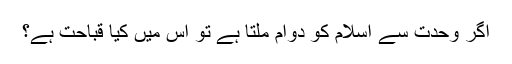
اگر وحدت سے اسلام کو دوام ملتا ہے تو اس میں کیا قباحت ہے؟